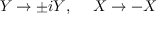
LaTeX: Y \rightarrow \pm i Y , \ \ \ \ X \rightarrow - X